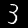
Digit: 3